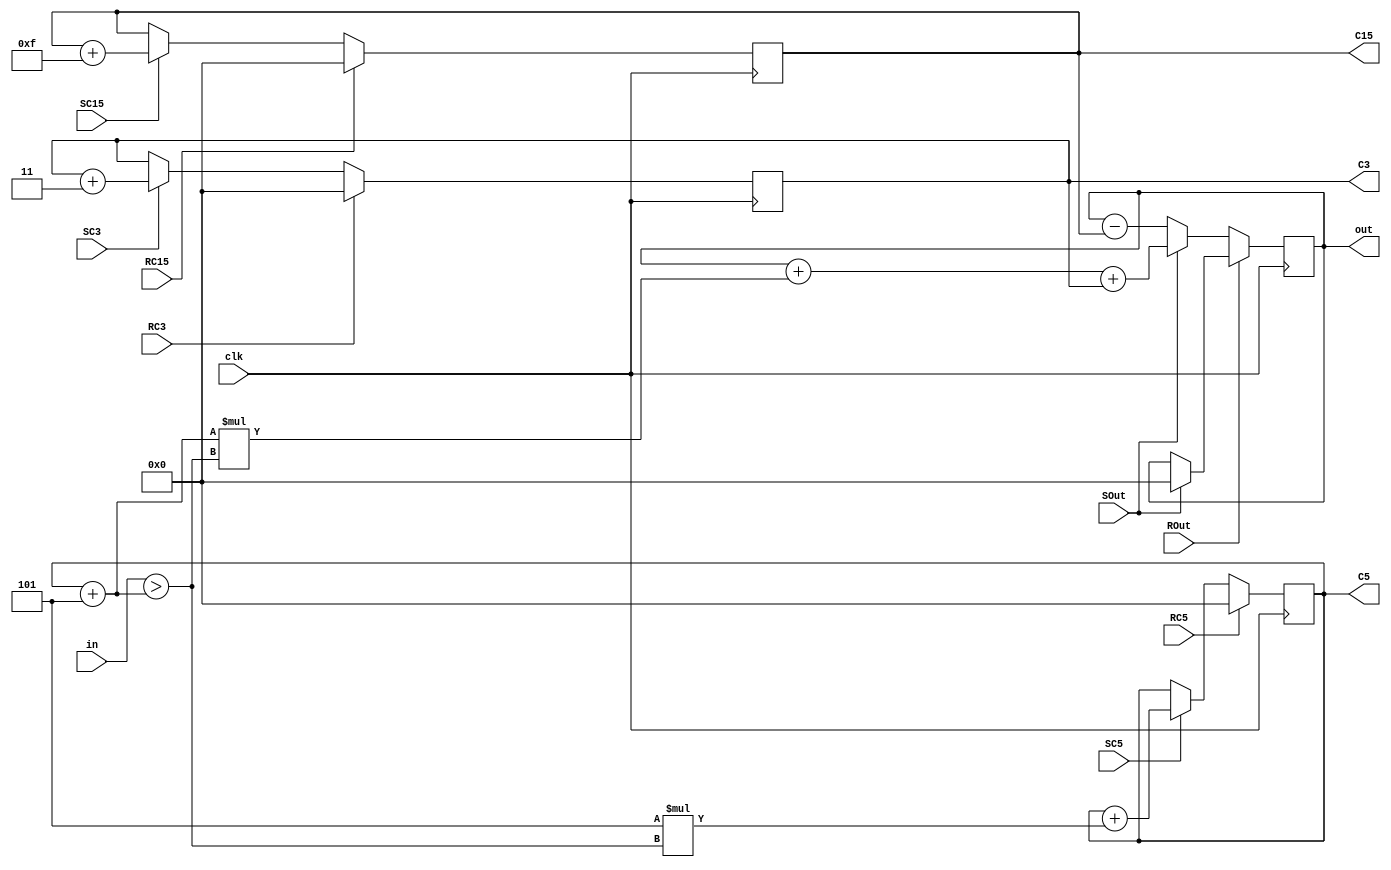
`timescale 1ns / 1ps

module P_DP(
    input clk,
    input [15:0] in,
    output reg [31:0] out,
    output reg [31:0] C3, C5, C15, //Contadores en 3, 5, 15
    //Switch
    input RC3, RC5, RC15, ROut, SC3, SC5, SC15, SOut
    
    );
    //____Registro 1___//
    wire [31:0] nextC3; 
    
    always@(posedge clk) begin
        C3 <= nextC3;
    end
    assign nextC3 = RC3 ? 32'd0: (SC3 ? C3 + (32'd3): C3); 
    //Sumar 3 sin superar o igualar la entrada
    
    //____Registro 2___//
    wire [31:0] nextC5;
    wire [31:0] check5;
    always@(posedge clk) begin
        C5 <= nextC5;
    end
    
    assign check5 = in > C5 + 32'd5;
    assign nextC5 = RC5 ? 32'd0: (SC5 ? C5+(32'd5*(check5)):C5); 
    //Se suma 5 hasta superar la entrada 
    //Como se suma 5 y 3 al tiempo, se usa a check5 para que C5 no supere a in
    
    //____Registro 3___//
    wire [31:0] nextC15;
    always@(posedge clk) begin
        C15 <= nextC15;
    end
    
    assign nextC15 = RC15 ? 32'd0: (SC15 ? (C15 + 32'd15):C15); 
    //Se suma 15 hasta que esto supera la entrada
 
    //____Registro 4___// 
    wire [31:0] nextOut;
    always@(posedge clk) begin
        out <= nextOut;
    end
    assign nextOut = ROut ? (SOut ? 32'd0 : out) : (SOut ? out + (C5+32'd5)*check5 + C3: out-C15); 
    //4 Opciones:
    // Rout // SOut // Instruccion
    // 1    //  1   // Reiniciar
    // 1    //  0   // Mantener
    // 0    //  1   // Acumular
    // 0    //  0   // Corregir 
    
endmodule